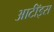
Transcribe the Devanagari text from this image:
आर्टॉइस